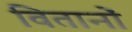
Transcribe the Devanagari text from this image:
वितानों